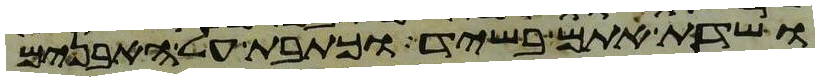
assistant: ושדת אתם בשיד וכתבת על האבנים